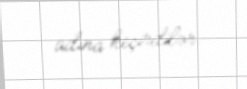
adına keçirdilər.